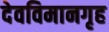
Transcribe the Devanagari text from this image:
देवविमानगृह